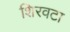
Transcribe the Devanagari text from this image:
शिरवटा